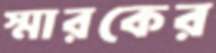
স্মারকের